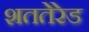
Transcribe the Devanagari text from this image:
शततेरेड